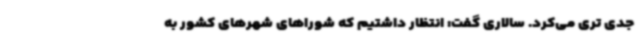
جدی تری می‌کرد. سالاری گفت: انتظار داشتیم که شوراهای شهرهای کشور به